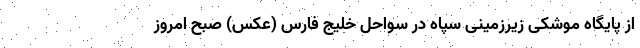
از پایگاه موشکی زیرزمینی سپاه در سواحل خلیج‌ فارس (عکس) صبح امروز